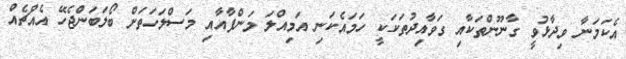
އެކަމަނާ ވިދާޅުވީ ގާނޫންތަކާއި ގަވާއިދުތަކަކީ ހަމައެކަނި އަމިއްލަ މަންފާއާއި މަސްލަހަތަށް ބޯލަބަންޖެހޭ އެއްޗެއް